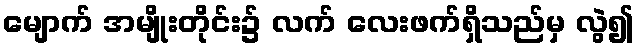
မျောက် အမျိုးတိုင်း၌ လက် လေးဖက်ရှိသည်မှ လွဲ၍